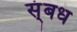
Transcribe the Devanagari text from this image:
स्ंबध